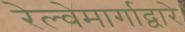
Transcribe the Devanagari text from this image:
रेल्वेमार्गाद्वारे